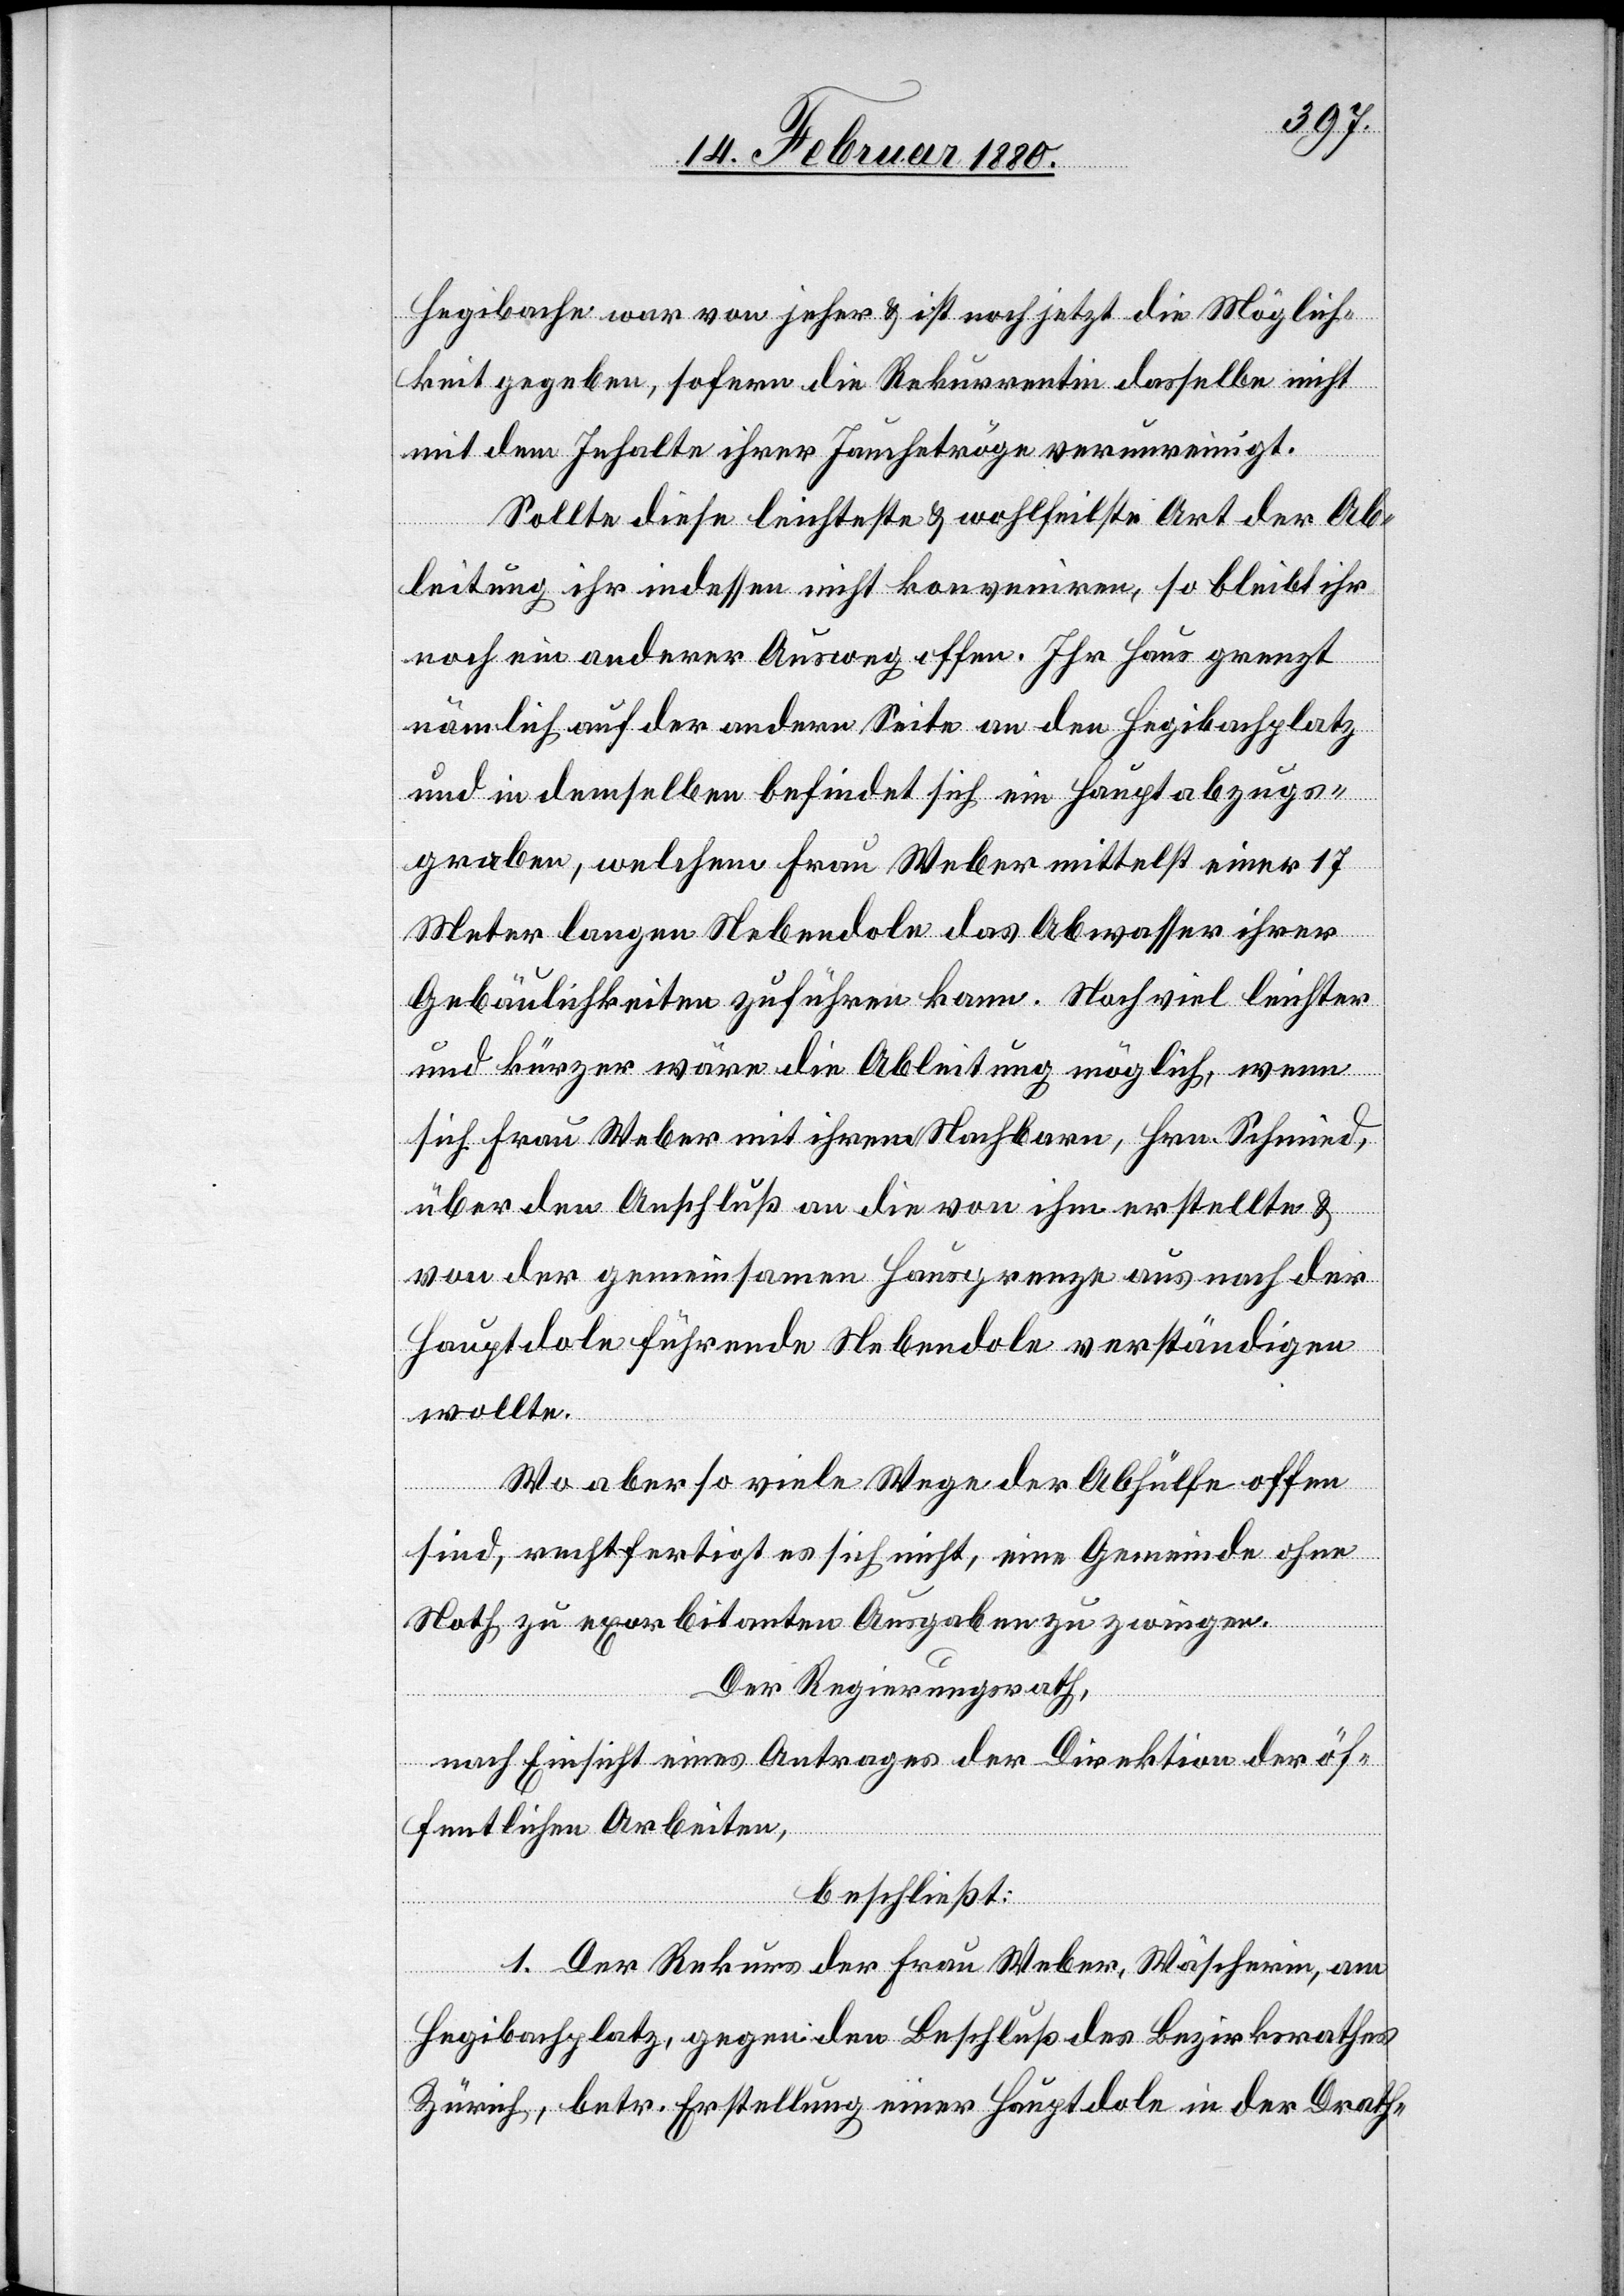
Hegibache war von jeher & ist jetzt die Möglich¬
keit gegeben, sofern die Rekurrentin dasselbe nicht
mit dem Inhalte ihrer Jaucheträge verunreinigt.
Sollte diese leichteste & wohlfeilste Art der Ab¬
leitung ihr indessen nicht konveniren, so bleibt ihr
noch ein anderer Ausweg offen. Ihr Haus grenzt
nämlich auf der andern Seite an den Hegibachplatz
und in demselben befindet sich ein Hauptabzugs¬
graben, welchem Frau Weber mittelst einer 17
Meter langen Nebendole das Abwasser ihrer
Gebäulichkeiten zuführen kann. Noch viel leichter
und kürzer wäre die Ableitung möglich, wenn
sich Frau Weber mit ihrem Nachbarn, Hrn. Schmied,
über den Anschluß an die von ihm erstellte &
von der gemeinsamen Hausgrenze aus nach der
Hauptdole führende Nebendole verständigen
wollen.
Wo aber so viele Wege der Abhülfe offen
sind, rechtfertigt es sich nicht, eine Gemeinde ohne
Noth zu exorbitanten Ausgaben zu zwingen.
Der Regierungsrath;
nach Einsicht eines Antrages der Direktion der öf¬
fentlichen Arbeiten,
beschließt:
1. Der Rekurs der Frau Weber, Wäscherin, am
Hegibachplatz, gegen den Beschluß des Bezirksrathes
Zürich, betr. Erstellung einer Hauptdole in der Drath-